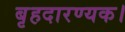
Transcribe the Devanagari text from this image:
बृहदारण्यक।